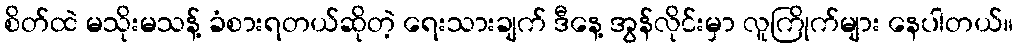
စိတ်ထဲ မသိုးမသန့် ခံစားရတယ်ဆိုတဲ့ ရေးသားချက် ဒီနေ့ အွန်လိုင်းမှာ လူကြိုက်များ နေပါတယ်။